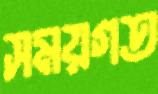
সময়গত